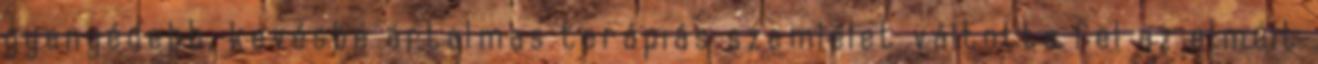
gyengédebb, kevésbé ártalmas terápiás szemlélet váltotta fel az elmúlt